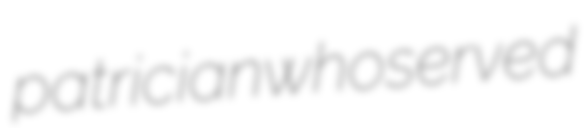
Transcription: patrician who served